Annual report of lunatic asylums [Bombay] - 1912-1922
Year: 1912
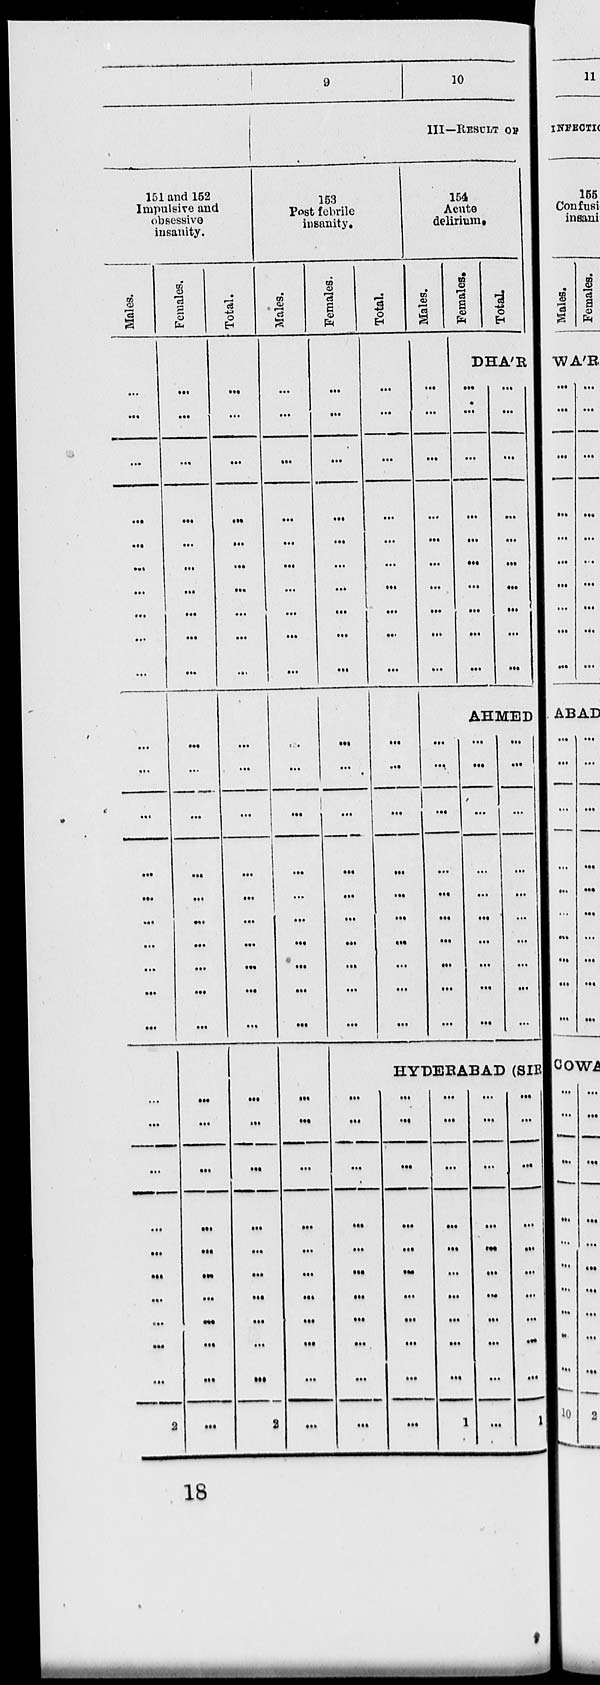
151 and 162
Impulsive and
obsessive
insanity.
Males.
...
...
...
...
...
...
...
...
...
...
...
...
...
...
...
...
...
...
...
...
...
...
...
...
...
...
...
...
...
...
2
Females.
...
...
...
...
...
...
...
...
...
...
...
...
...
...
...
...
...
...
...
...
...
...
...
...
...
...
...
...
...
...
...
Total.
...
...
...
...
...
...
...
...
...
...
...
...
...
...
...
...
...
...
...
...
...
...
...
...
...
...
...
...
...
...
2
9
10
III—RESULT OF
163
Post febrile
insanity.
Males.
...
...
...
...
...
...
...
...
...
...
...
...
...
...
...
...
...
...
...
...
...
...
...
...
...
...
...
...
...
...
...
Females.
...
...
...
...
...
...
...
...
...
...
...
...
...
...
...
...
...
...
...
...
Total.
...
...
...
...
...
...
...
...
...
...
...
...
...
...
...
...
...
...
...
...
154
Acute
delirium.
Males.
...
...
...
...
...
...
...
...
...
...
Females.
Total.
DHA'R
...
...
...
...
...
...
...
...
...
...
...
...
...
...
...
...
...
...
...
...
AHMED
...
...
...
...
...
...
...
...
...
...
...
...
...
...
...
...
...
...
...
...
...
...
...
...
...
...
...
...
...
...
HYDEBABAD (SIR
...
...
...
...
...
...
...
...
...
...
...
...
...
...
...
...
...
...
...
...
...
...
...
...
...
...
...
...
...
...
...
...
1
...
...
...
...
...
...
...
...
...
...
...
...
...
...
...
...
...
...
...
...
...
1
18